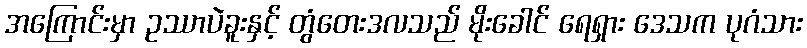
အကြောင်းမှာ ဥဿာပဲခူးနှင့် တွံတေးဒလသည် မိုးခေါင် ရေရှား ဒေသက ပုဂံသား